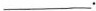
___.